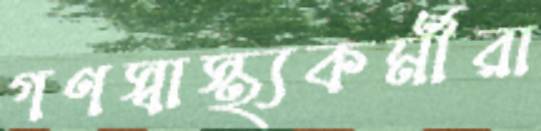
গণস্বাস্থ্যকর্মীরা